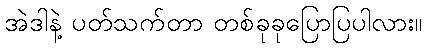
အဲဒါနဲ့ ပတ်သက်တာ တစ်ခုခုပြောပြပါလား။